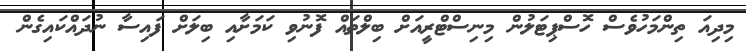
މިދިއަ ތިންމަހުވެސް ހޮސްޕިޓަލުން މިނިސްޓްރީއަށް ބިލްތައް ފޮނުވި ކަމަށާއި ބިލަށް ފައިސާ ނުދައްކައިގެން